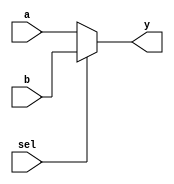
module mux_2_1(a, b, sel, y);
    parameter LEN = 8;
    input[LEN - 1:0] a, b;
    input sel; 
    output[LEN - 1:0] y;
	
    assign y = sel ? b : a;
endmodule